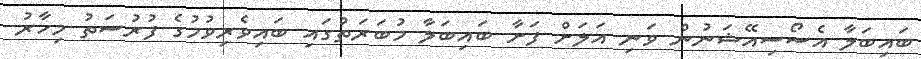
ބައިބަލާ އެސޯސިއޭޝަނުން ވަނި އަލަށް ފަށާ ބައިބަލާ މުބަރަތުގައި ބައިވެރިވުމުގެ ފުރުސަތު މިހާރު